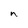
Character: n